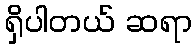
ရှိပါတယ် ဆရာ